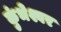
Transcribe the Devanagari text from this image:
कुंभेश्वर